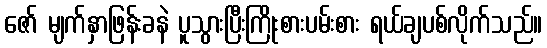
ဇော် မျက်နှာဖြန်းခနဲ ပူသွားပြီးကြိုးစားပမ်းစား ရယ်ချပစ်လိုက်သည်။